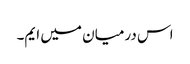
اس درمیان میں ایم۔